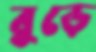
বুড়ে